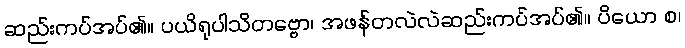
ဆည်းကပ်အပ်၏။ ပယိရုပါသိတဗ္ဗော၊ အဖန်တလဲလဲဆည်းကပ်အပ်၏။ ပိယော စ၊